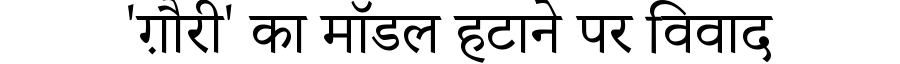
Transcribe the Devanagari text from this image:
'ग़ौरी' का मॉडल हटाने पर विवाद